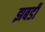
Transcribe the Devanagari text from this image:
झबडी